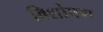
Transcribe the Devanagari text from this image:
विशोषण